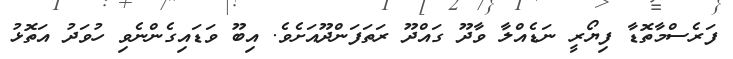
ފަރެސްމާތޮޑާ ފިޔޯރީ ނަޑެއްލާ ވާދޫ ގައްދޫ ރަތަފަންދޫއަށެވެ. އިބޫ ވަޑައިގެންނެވި ހުވަދު އަތޮޅު